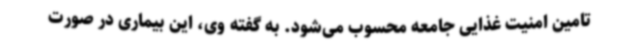
تامین امنیت غذایی جامعه محسوب می‌شود. به گفته وی، این بیماری در صورت